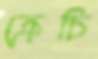
ক্রেচি